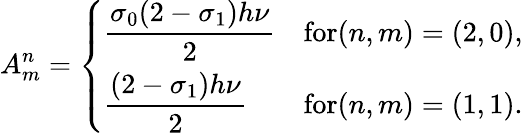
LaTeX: A_{m}^{n}=\left\{ \begin{array}{ll}{\displaystyle\frac{\sigma_{0}(2-\sigma_{1})h\nu}{2}}&{\textrm{for}(n,m)=(2,0),}\\ {\displaystyle\frac{(2-\sigma_{1})h\nu}{2}}&{\textrm{for}(n,m)=(1,1).}\end{array}\right.